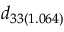
d _ { 3 3 ( 1 . 0 6 4 ) }